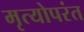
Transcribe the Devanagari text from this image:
मृत्योपरंत